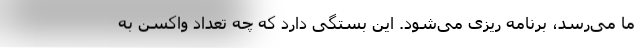
ما می‌رسد، برنامه ریزی می‌شود. این بستگی دارد که چه تعداد واکسن به